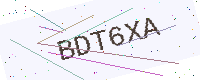
Text: BDT6XA